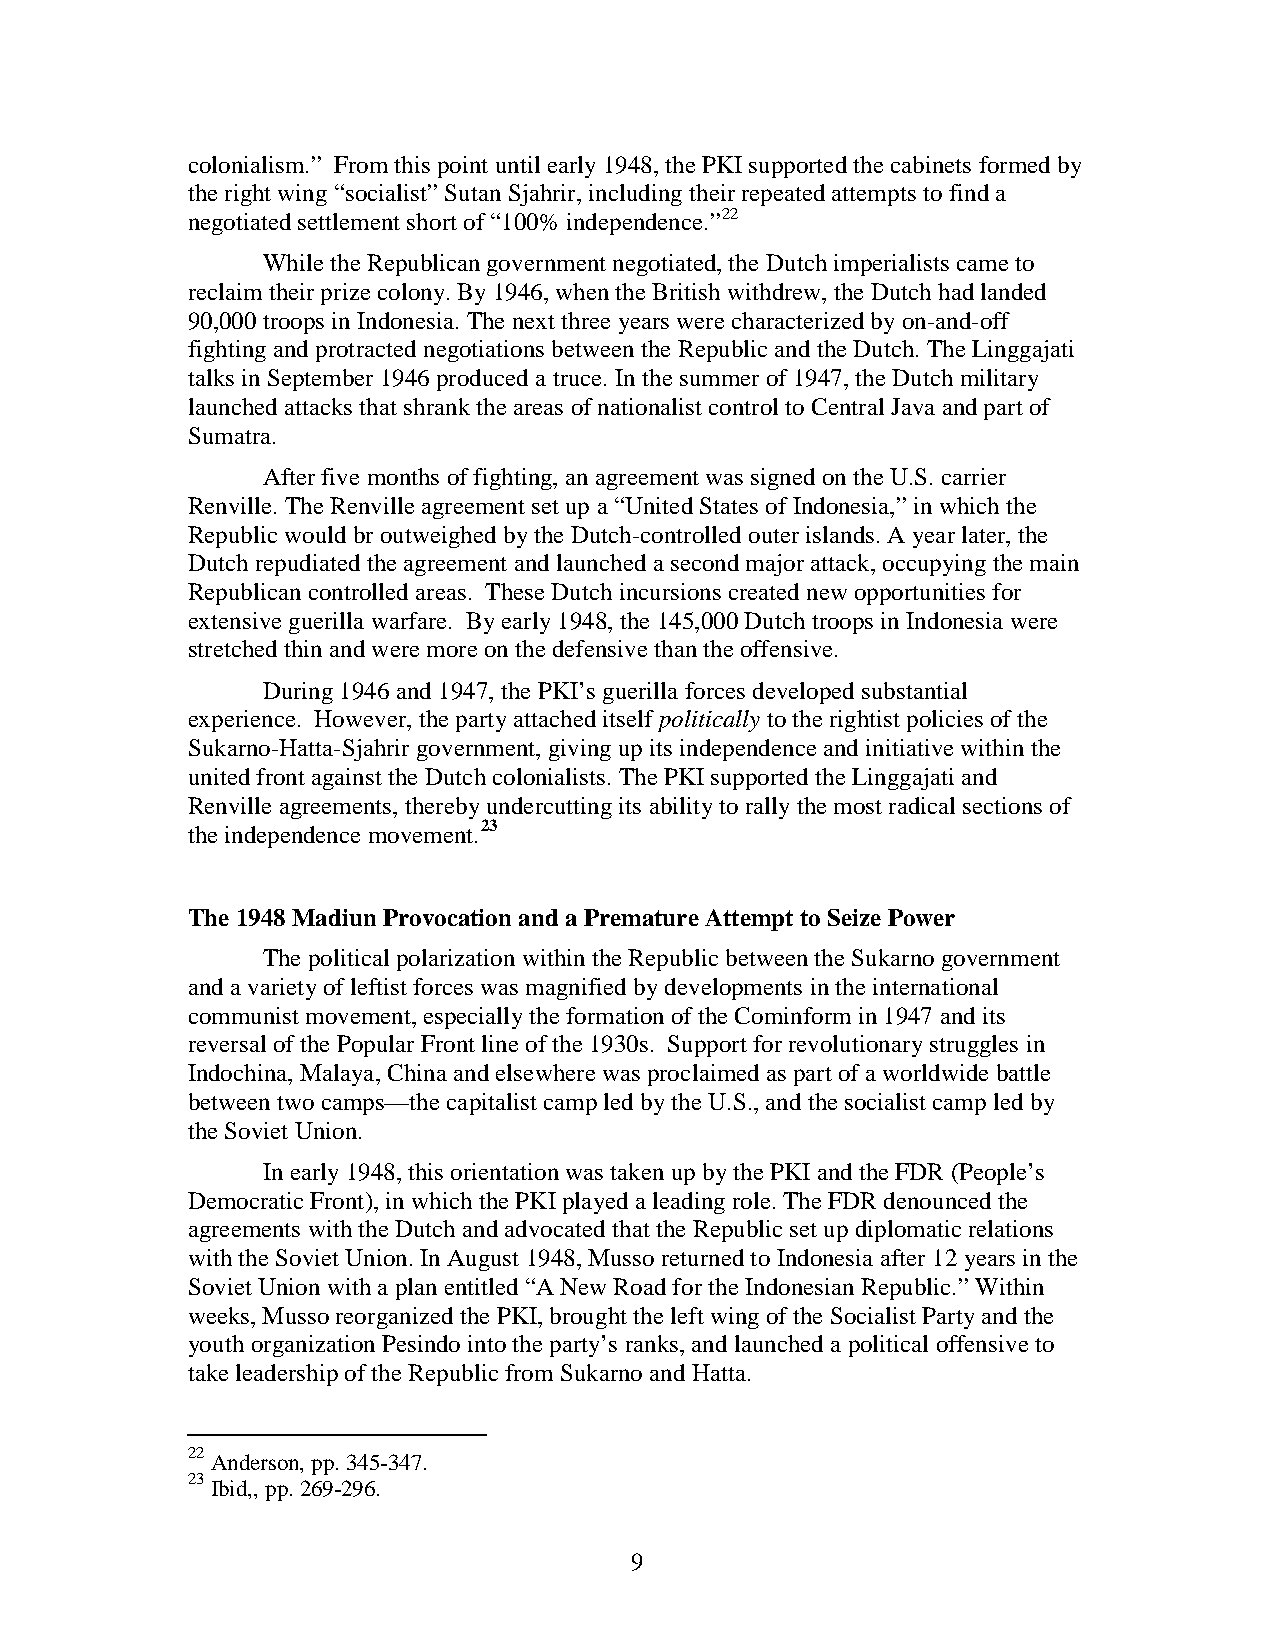
colonialism.” From this point until early 1948, the PKI supported the cabinets formed by
 the right wing “socialist” Sutan Sjahrir, including their repeated attempts to find a
 negotiated settlement short of “100% independence.”22
 While the Republican government negotiated, the Dutch imperialists came to
 reclaim their prize colony. By 1946, when the British withdrew, the Dutch had landed
 90,000 troops in Indonesia. The next three years were characterized by on-and-off
 fighting and protracted negotiations between the Republic and the Dutch. The Linggajati
 talks in September 1946 produced a truce. In the summer of 1947, the Dutch military
 launched attacks that shrank the areas of nationalist control to Central Java and part of
 Sumatra.
 After five months of fighting, an agreement was signed on the U.S. carrier
 Renville. The Renville agreement set up a “United States of Indonesia,” in which the
 Republic would br outweighed by the Dutch-controlled outer islands. A year later, the
 Dutch repudiated the agreement and launched a second major attack, occupying the main
 Republican controlled areas. These Dutch incursions created new opportunities for
 extensive guerilla warfare. By early 1948, the 145,000 Dutch troops in Indonesia were
 stretched thin and were more on the defensive than the offensive.
 During 1946 and 1947, the PKI’s guerilla forces developed substantial
 experience. However, the party attached itself politically to the rightist policies of the
 Sukarno-Hatta-Sjahrir government, giving up its independence and initiative within the
 united front against the Dutch colonialists. The PKI supported the Linggajati and
 Renville agreements, thereby undercutting its ability to rally the most radical sections of
 the independence movement.23
 The 1948 Madiun Provocation and a Premature Attempt to Seize Power
 The political polarization within the Republic between the Sukarno government
 and a variety of leftist forces was magnified by developments in the international
 communist movement, especially the formation of the Cominform in 1947 and its
 reversal of the Popular Front line of the 1930s. Support for revolutionary struggles in
 Indochina, Malaya, China and elsewhere was proclaimed as part of a worldwide battle
 between two camps—the capitalist camp led by the U.S., and the socialist camp led by
 the Soviet Union.
 In early 1948, this orientation was taken up by the PKI and the FDR (People’s
 Democratic Front), in which the PKI played a leading role. The FDR denounced the
 agreements with the Dutch and advocated that the Republic set up diplomatic relations
 with the Soviet Union. In August 1948, Musso returned to Indonesia after 12 years in the
 Soviet Union with a plan entitled “A New Road for the Indonesian Republic.” Within
 weeks, Musso reorganized the PKI, brought the left wing of the Socialist Party and the
 youth organization Pesindo into the party’s ranks, and launched a political offensive to
 take leadership of the Republic from Sukarno and Hatta.
 22
 Anderson, pp. 345-347.
 23
 Ibid,, pp. 269-296.
 9